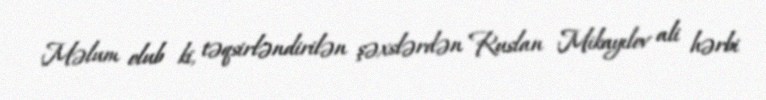
Məlum olub ki, təqsirləndirilən şəxslərdən Ruslan Mikayılov ali hərbi